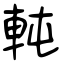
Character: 軘